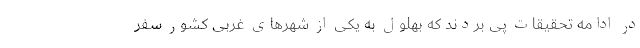
در ادامه تحقیقات پی بردند که بهلول به یکی از شهرهای غربی کشور سفر